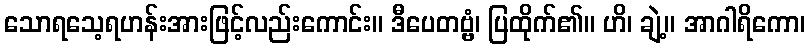
သောရသေ့ရဟန်းအားဖြင့်လည်းကောင်း။ ဒီပေတဗ္ဗံ၊ ပြထိုက်၏။ ဟိ၊ ချဲ့။ အာဂါရိကော၊